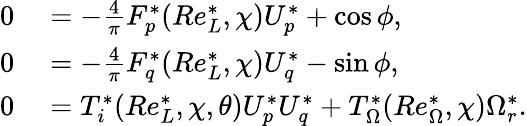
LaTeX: \begin{array}{rl}{0}&{{}=-\frac{4}{\pi}F_{p}^{*}(Re_{L}^{*},\chi)U_{p}^{*}+\cos\phi,}\\ {0}&{{}=-\frac{4}{\pi}F_{q}^{*}(Re_{L}^{*},\chi)U_{q}^{*}-\sin\phi,}\\ {0}&{{}=T_{i}^{*}(Re_{L}^{*},\chi,\theta)U_{p}^{*}U_{q}^{*}+T_{\Omega}^{*}(Re_{\Omega}^{*},\chi)\Omega_{r}^{*}.}\end{array}